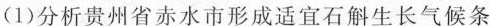
(1)分析贵州省赤水市形成适宜石斛生长气候条